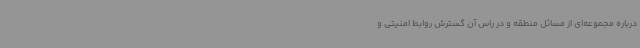
درباره مجموعه‌ای از مسائل منطقه و در راس آن گسترش روابط امنیتی و